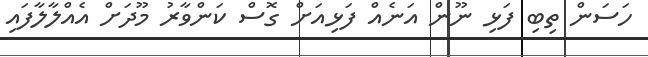
ހަސަން ތިބި ފަޅި ނޫން އަނެއް ފަޅިއަށް ގޮސް ކަންވާރު މޫދަށް އެއްލާލާފައި